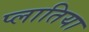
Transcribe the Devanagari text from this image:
प्लातिया